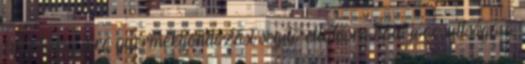
éves korig járó gyermekgondozást segítő ellátásra való jogosultsága a